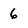
Character: 6